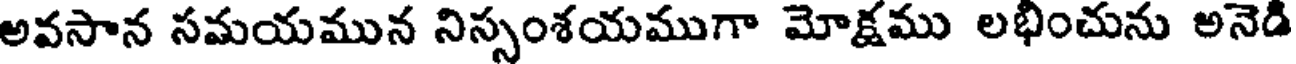
అవసాన సమయమున నిస్సంశయముగా మోక్షము లభించును అనెడి